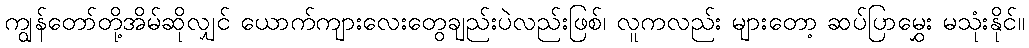
ကျွန်တော်တို့အိမ်ဆိုလျှင် ယောက်ကျားလေးတွေချည်းပဲလည်းဖြစ်၊ လူကလည်း များတော့ ဆပ်ပြာမွှေး မသုံးနိုင်။